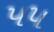
પ૫